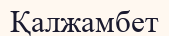
Қалжамбет